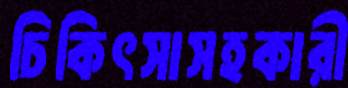
চিকিৎসাসহকারী